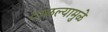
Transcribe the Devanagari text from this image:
टाळल्यामुळे